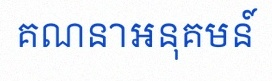
គណនាអនុគមន៍